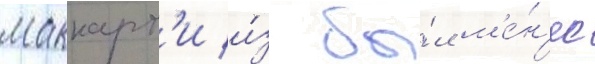
маккарт'и и́з бы́л м'е́н'ее